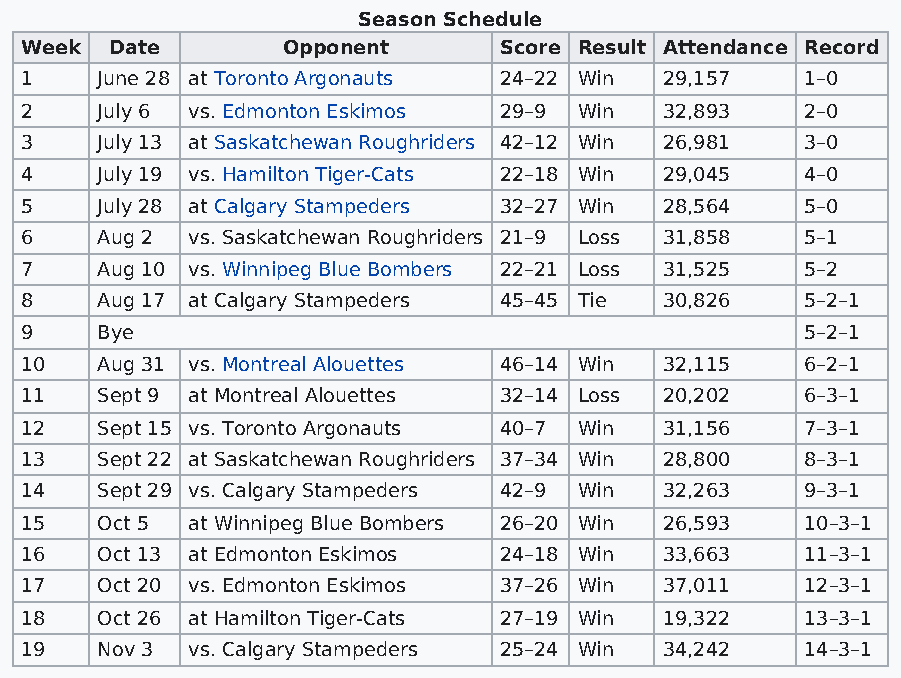
Season Schedule
 Week  Date        Opponent      Score Result Attendance Record
 1    June 28 at Toronto Argonauts 24–22 Win 29,157  1–0
 2    July 6 vs. Edmonton Eskimos 29–9 Win  32,893   2–0
 3    July 13 at Saskatchewan Roughriders 42–12 Win 26,981 3–0
 4    July 19 vs. Hamilton Tiger-Cats 22–18 Win 29,045 4–0
 5    July 28 at Calgary Stampeders 32–27 Win 28,564 5–0
 6    Aug 2 vs. Saskatchewan Roughriders 21–9 Loss 31,858 5–1
 7    Aug 10 vs. Winnipeg Blue Bombers 22–21 Loss 31,525 5–2
 8    Aug 17 at Calgary Stampeders 45–45 Tie 30,826  5–2–1
 9    Bye                                            5–2–1
 10   Aug 31 vs. Montreal Alouettes 46–14 Win 32,115 6–2–1
 11   Sept 9 at Montreal Alouettes 32–14 Loss 20,202 6–3–1
 12   Sept 15 vs. Toronto Argonauts 40–7 Win 31,156  7–3–1
 13   Sept 22 at Saskatchewan Roughriders 37–34 Win 28,800 8–3–1
 14   Sept 29 vs. Calgary Stampeders 42–9 Win 32,263 9–3–1
 15   Oct 5 at Winnipeg Blue Bombers 26–20 Win 26,593 10–3–1
 16   Oct 13 at Edmonton Eskimos 24–18 Win  33,663   11–3–1
 17   Oct 20 vs. Edmonton Eskimos 37–26 Win 37,011   12–3–1
 18   Oct 26 at Hamilton Tiger-Cats 27–19 Win 19,322 13–3–1
 19   Nov 3 vs. Calgary Stampeders 25–24 Win 34,242  14–3–1